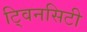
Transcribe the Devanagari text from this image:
टि्वनसिटी